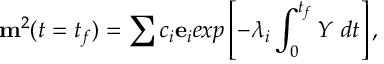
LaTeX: { \bf m } ^ { 2 } ( t = t _ { f } ) = \sum c _ { i } { \bf e } _ { i } e x p \left[ - \lambda _ { i } \int _ { 0 } ^ { t _ { f } } Y \ d t \right] ,